Civil Veterinary Dept. North-West Frontier Province 1923-32 - 1923-1932
Year: 1923
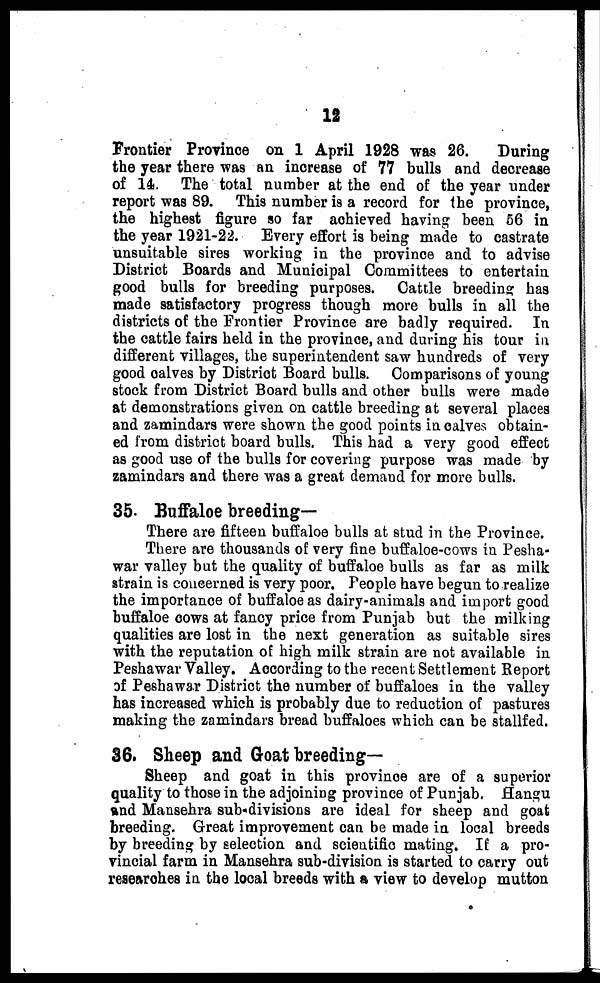
12
Frontier Province on 1 April 1928 was 26.
During
the year there was an increase of 77 bulls and decrease
of 14. The total number at the end of the year under
report was 89. This number is a record for the province,
the highest figure so far achieved having been 56 in
the year 1921-22. Every effort is being made to castrate
unsuitable sires working in the province and to advise
District Boards and Municipal Committees to entertain
good bulls for breeding purposes. Cattle breeding has
made satisfactory progress though more bulls in all the
districts of the Frontier Province are badly required. In
the cattle fairs held in the province, and during his tour in
different villages, the superintendent saw hundreds of very
good calves by District Board bulls. Comparisons of young
stock from District Board bulls and other bulls were made
at demonstrations given on cattle breeding at several places
and zamindars were shown the good points in calves obtain-
ed from district board bulls. This had a very good effect
as good use of the bulls for covering purpose was made by
zamindars and there was a great demand for more bulls.
35. Buffaloe breeding-
There are fifteen buffaloe bulls at stud in the Province.
There are thousands of very fine buffaloe-cows in Pesha-
war valley but the quality of buffaloe bulls as far as milk
strain is concerned is very poor. People have begun to realize
the importance of buffaloe as dairy-animals and import good
buffaloe cows at fancy price from Punjab but the milking
qualities are lost in the next generation as suitable sires
with the reputation of high milk strain are not available in
Peshawar Valley. According to the recent Settlement Report
of Peshawar District the number of buffaloes in the valley
has increased which is probably due to reduction of pastures
making the zamindars bread buffaloes which can be stallfed.
36. Sheep and Goat breeding-
Sheep and goat in this province are of a superior
quality to those in the adjoining province of Punjab. Hangu
and Mansehra sub-divisions are ideal for sheep and goat
breeding. Great improvement can be made in local breeds
by breeding by selection and scientific mating. If a pro-
vincial farm in Mansehra sub-division is started to carry out
researches in the local breeds with a view to develop mutton